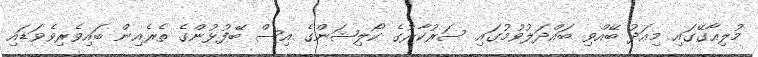
މުލިއާގޭގައި މިއަދު ބޭއްވި ބައްދަލުވުމުގައި ސަރުކާރުގެ ކޯލިޝަންގެ އިސް ބޭފުޅުންގެ ތެރެއިން ބައިވެރިވެވަޑައި